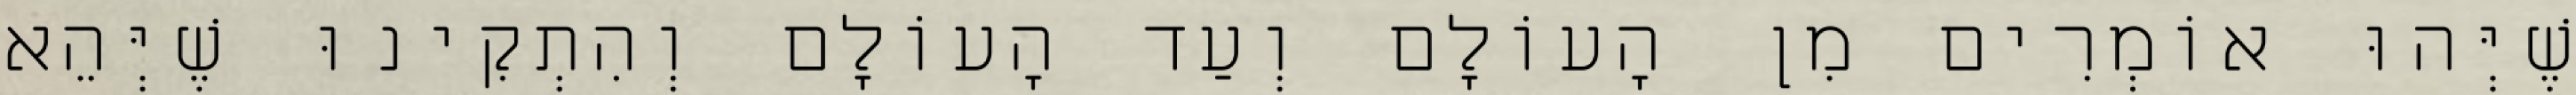
שֶׁיְּהוּ אוֹמְרִים מִן הָעוֹלָם וְעַד הָעוֹלָם וְהִתְקִינוּ שֶׁיְּהֵא